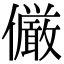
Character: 𠑊